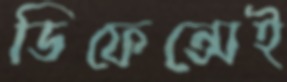
ডিফেন্সেই